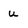
Character: u